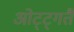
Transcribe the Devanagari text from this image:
ओट्ट्गतै